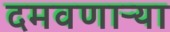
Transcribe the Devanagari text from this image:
दमवणाऱ्या